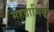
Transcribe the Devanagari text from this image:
महग्रामिक